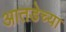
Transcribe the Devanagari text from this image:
आतडेच्या